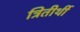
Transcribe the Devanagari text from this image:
त्रितीर्थी